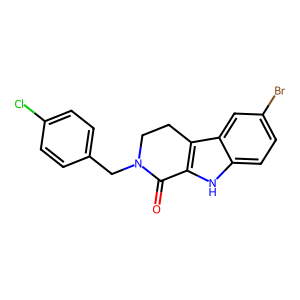
SMILES: O=C1c2[nH]c3ccc(Br)cc3c2CCN1Cc1ccc(Cl)cc1
Inhibits HIV replication: No